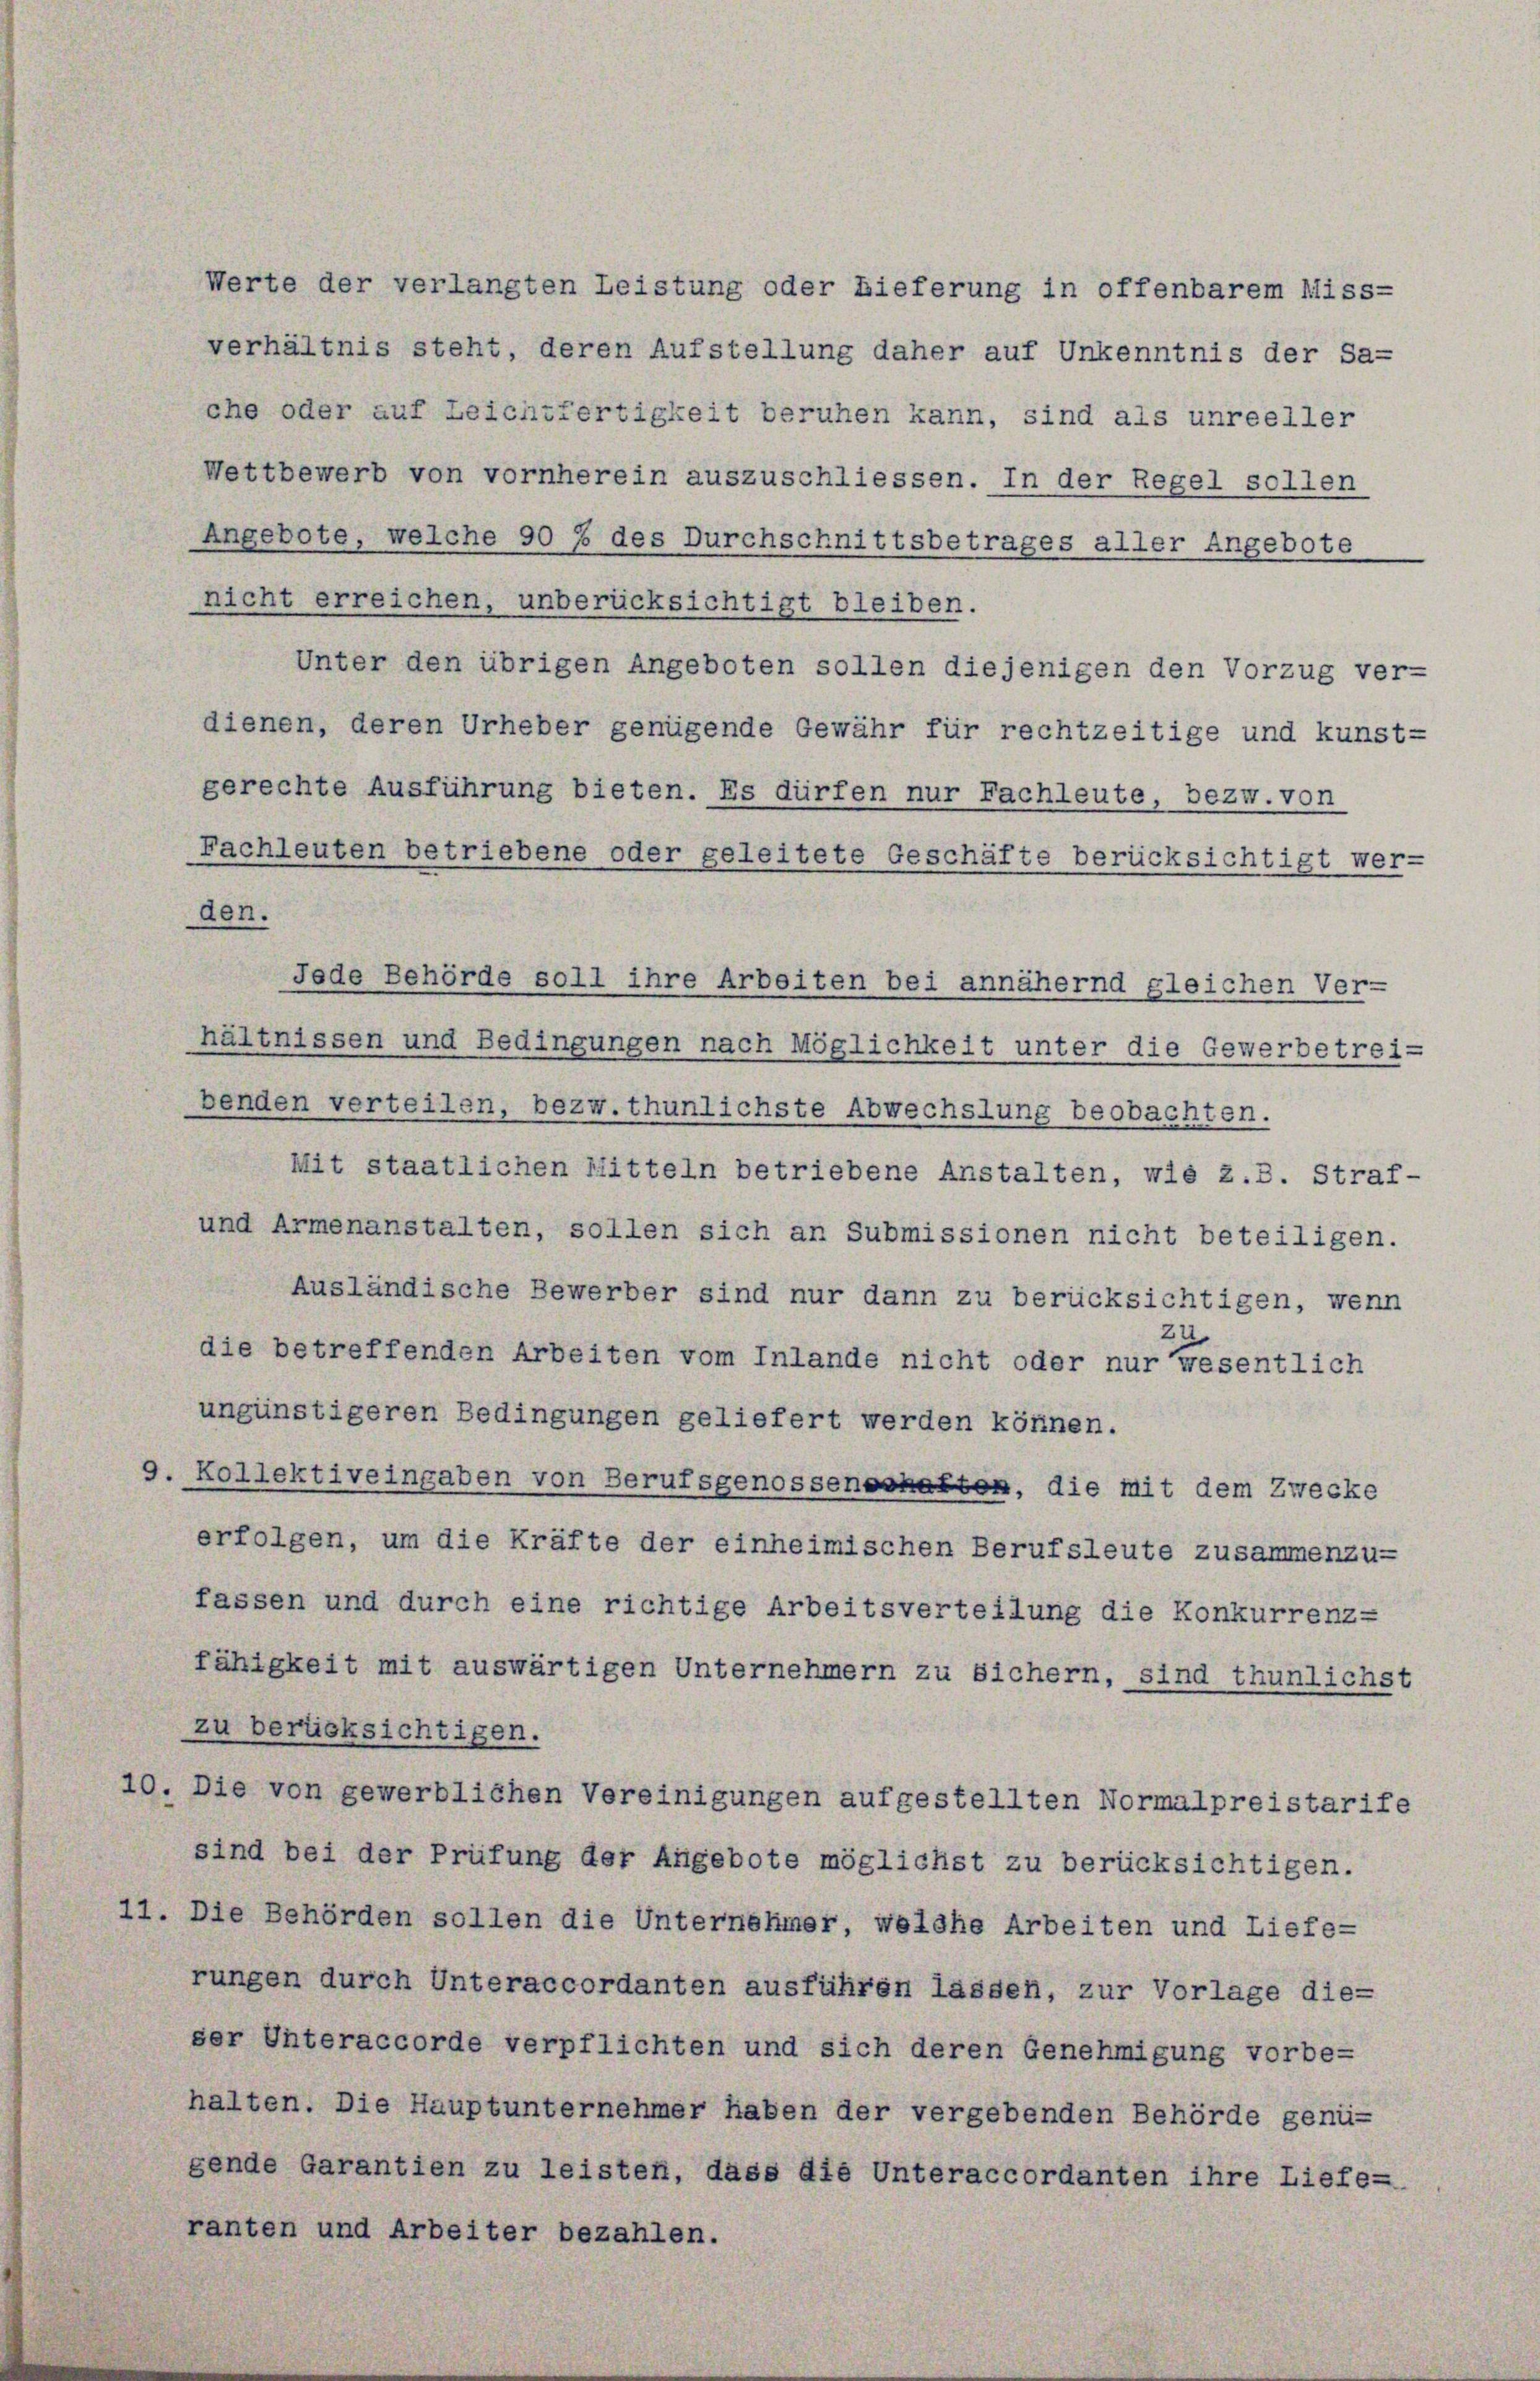
Werte der verlangten Leistung oder Lieferung in offenbarem Miss-
verhältnis steht, deren Aufstellung daher auf Unkenntnis der Sa-
che oder auf Leichtfertigkeit beruhen kann, sind als unreeller

gerechte Ausführung bieten. Es dürfen nur Fachleute, bezw. von
Fachleuten betriebene oder geleitete Geschäfte berücksichtigt wer-

Wettbewerb von vornherein auszuschliessen. In der Regel sollen
Angebote, welche 90 f des Durchschnittsbetrages aller Angebote
nicht erreichen, unberücksichtigt bleiben.
Unter den übrigen Angeboten sollen diejenigen den Vorzug ver-
dienen, deren Urheber genügende Gewähr für rechtzeitige und kunst-
den.
Jede Behörde soll ihre Arbeiten bei annähernd gleichen Ver-
hältnissen und Bedingungen nach Möglichkeit unter die Gewerbetreibenden verteilen, bezw. thunlichste Abwechslung beobachten.
Mit staatlichen Mitteln betriebene Anstalten, wie z.B. Straf-
und Armenanstalten, sollen sich an Submissionen nicht beteiligen.
Ausländische Bewerber sind nur dann zu berücksichtigen, wenn
Zu
die betreffenden Arbeiten vom Inlande nicht oder nur wesentlich
ungünstigeren Bedingungen geliefert werden können.
9. Kollektiveingaben von Berufsgenosseneshalten, die mit dem Zwecke
erfolgen, um die Kräfte der einheimischen Berufsleute zusammenzu-
fassen und durch eine richtige Arbeitsverteilung die Konkurrenz-
fähigkeit mit auswärtigen Unternehmern zu sichern, sind thunlichst
zu berücksichtigen.
10. Die von gewerblichen Vereinigungen aufgestellten Normalpreistarife
sind bei der Prüfung der Angebote möglichst zu berücksichtigen.
11. Die Behörden sollen die Unternehmer, welche Arbeiten und Liefe-
rungen durch Unteraccordanten ausführen lassen, zur Vorlage die-
ser Unteraccorde verpflichten und sich deren Genehmigung vorbe-
halten. Die Hauptunternehmer haben der vergebenden Behörde genü-
gende Garantien zu leisten, dass die Unteraccordanten ihre Liefe-
ranten und Arbeiter bezahlen.